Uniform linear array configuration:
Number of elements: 48
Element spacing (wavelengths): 0.5
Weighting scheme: exponential
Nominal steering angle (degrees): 15
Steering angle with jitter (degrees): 15.183
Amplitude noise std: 0.05
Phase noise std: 0.05

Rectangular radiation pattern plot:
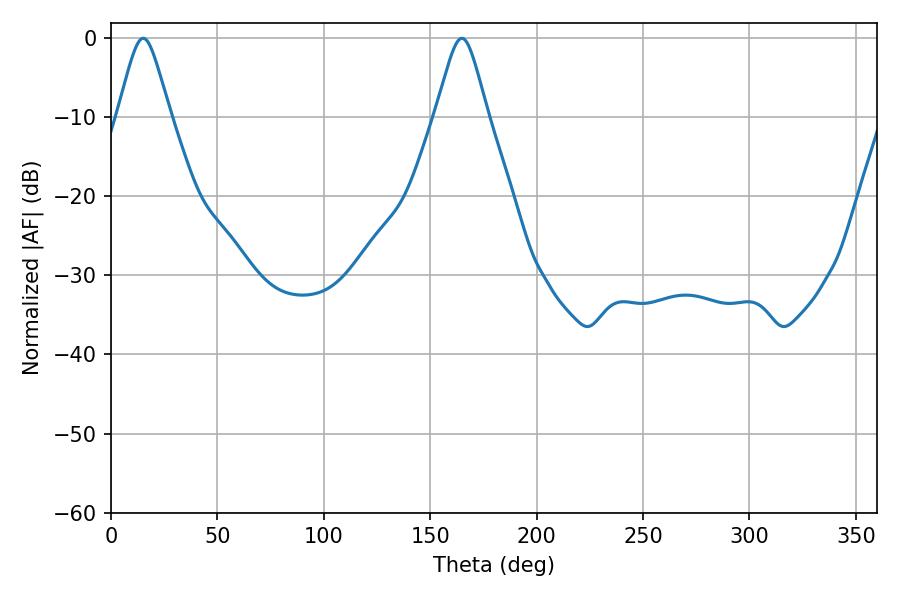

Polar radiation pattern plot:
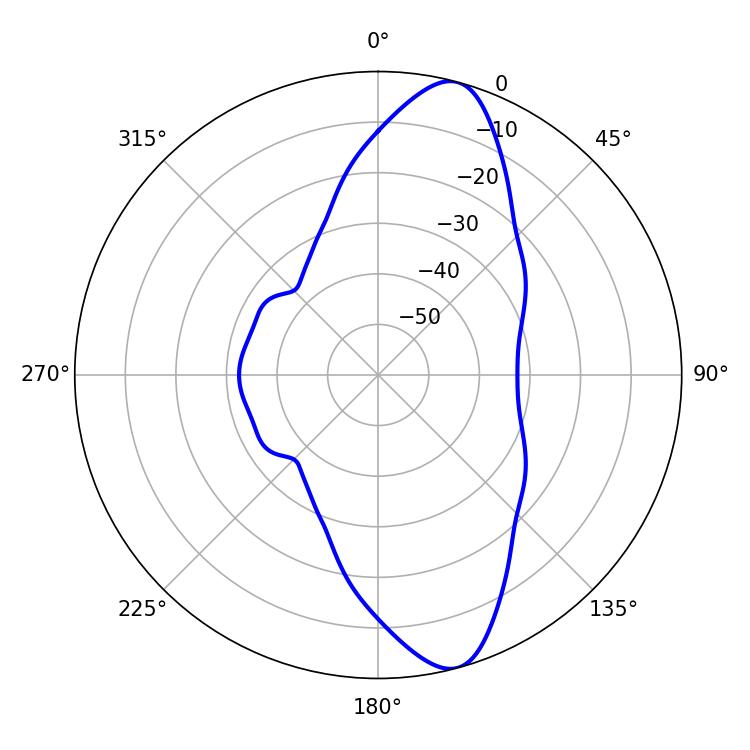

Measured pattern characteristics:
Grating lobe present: FALSE
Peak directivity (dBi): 11.753
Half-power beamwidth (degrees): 11.88
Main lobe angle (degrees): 15.12